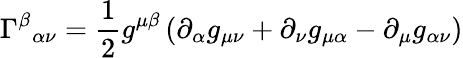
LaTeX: \Gamma^{\beta}{}_{\alpha\nu}={\frac{1}{2}}g^{\mu\beta}\left(\partial_{\alpha}g_{\mu\nu}+\partial_{\nu}g_{\mu\alpha}-\partial_{\mu}g_{\alpha\nu}\right)